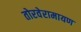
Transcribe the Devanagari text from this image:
तोरवेरामायण